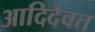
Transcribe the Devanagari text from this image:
आदिदैवत